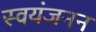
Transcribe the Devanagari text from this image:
स्वयंजनन